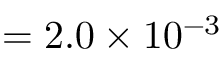
= 2 . 0 \times 1 0 ^ { - 3 }